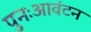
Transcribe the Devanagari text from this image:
पुनःआवंटन